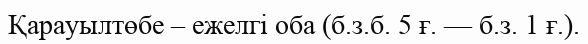
Қарауылтөбе – ежелгі оба (б.з.б. 5 ғ. — б.з. 1 ғ.).